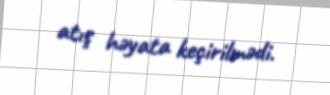
atış həyata keçirilmədi.